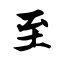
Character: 至